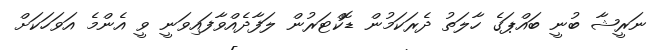
ނަރީޝާ ބުނީ ބައްޕަގެ ހާލަތު ދެރަކަމުން ޑޮކްޓަރުން ލަފާދެއްވާފައިވަނީ ވީ އެންމެ އަވަހަކަށް